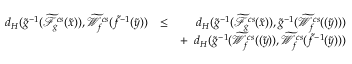
\begin{array} { r l r } { d _ { H } ( \widetilde { g } ^ { - 1 } ( \widetilde { { \mathcal F } } _ { g } ^ { c s } ( \widetilde { x } ) ) , \widetilde { { \mathcal W } } _ { f } ^ { c s } ( \widetilde { f } ^ { - 1 } ( \widetilde { y } ) ) } & { \le } & { d _ { H } ( \widetilde { g } ^ { - 1 } ( \widetilde { { \mathcal F } } _ { g } ^ { c s } ( \widetilde { x } ) ) , \widetilde { g } ^ { - 1 } ( \widetilde { { \mathcal W } } _ { f } ^ { c s } ( ( \widetilde { y } ) ) ) } \\ & { } & { + \; \; d _ { H } ( \widetilde { g } ^ { - 1 } ( \widetilde { { \mathcal W } } _ { f } ^ { c s } ( ( \widetilde { y } ) ) , \widetilde { { \mathcal W } } _ { f } ^ { c s } ( \widetilde { f } ^ { - 1 } ( \widetilde { y } ) ) ) } \end{array}